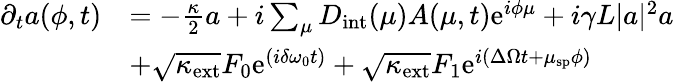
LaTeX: \begin{array}{rl}{\partial_{t}a(\phi,t)}&{=-\frac{\kappa}{2}a+i\sum_{\mu}D_{\mathrm{int}}(\mu)A(\mu,t)\mathrm{e}^{i\phi\mu}+i\gamma L|a|^{2}a}\\ &{+\sqrt{\kappa_{\mathrm{ext}}}F_{0}\mathrm{e}^{(i\delta\omega_{0}t)}+\sqrt{\kappa_{\mathrm{ext}}}F_{1}\mathrm{e}^{i(\Delta\Omega t+\mu_{\mathrm{sp}}\phi)}}\end{array}